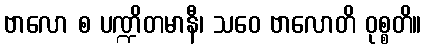
ဗာလော စ ပဏ္ဍိတမာနီ၊ သဝေ ဗာလောတိ ဝုစ္စတိ။